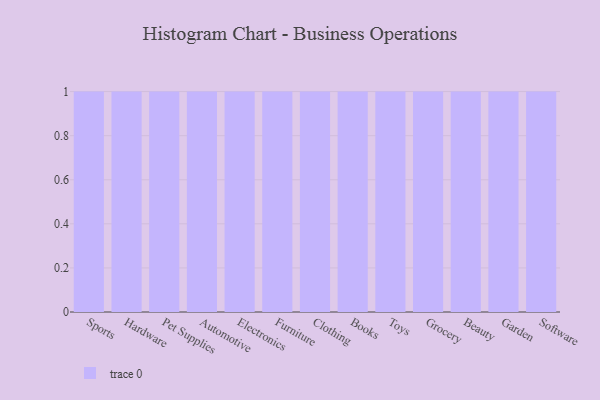
{"axis": {"x": "Category", "y": "Conversion Rate (%)"}, "legend": [""], "data": [{"x": "Sports", "y": 96, "type": ""}, {"x": "Hardware", "y": 46, "type": ""}, {"x": "Pet Supplies", "y": 81, "type": ""}, {"x": "Automotive", "y": 33, "type": ""}, {"x": "Electronics", "y": 4, "type": ""}, {"x": "Furniture", "y": 84, "type": ""}, {"x": "Clothing", "y": 20, "type": ""}, {"x": "Books", "y": 6, "type": ""}, {"x": "Toys", "y": 29, "type": ""}, {"x": "Grocery", "y": 87, "type": ""}, {"x": "Beauty", "y": 18, "type": ""}, {"x": "Garden", "y": 63, "type": ""}, {"x": "Software", "y": 93, "type": ""}]}